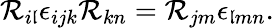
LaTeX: \mathcal{R}_{i\mathfrak{l}}\epsilon_{ijk}\mathcal{R}_{kn}=\mathcal{R}_{jm}\epsilon_{\mathfrak{l}mn}.